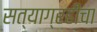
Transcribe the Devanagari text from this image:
सत्याग्रहींचा